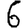
Digit: 6